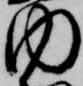
内